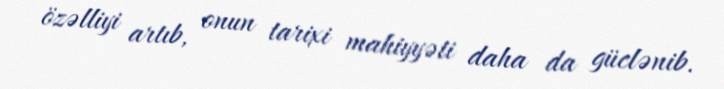
özəlliyi artıb, onun tarixi mahiyyəti daha da güclənib.